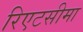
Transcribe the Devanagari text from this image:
रिएटसीमा